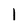
Character: 1